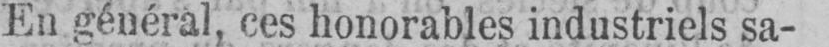
En général, ces honorables industriels sa-